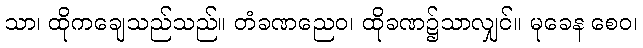
သာ၊ ထိုကချေသည်သည်။ တံခဏညေဝ၊ ထိုခဏ၌သာလျှင်။ မုခေန စေဝ၊